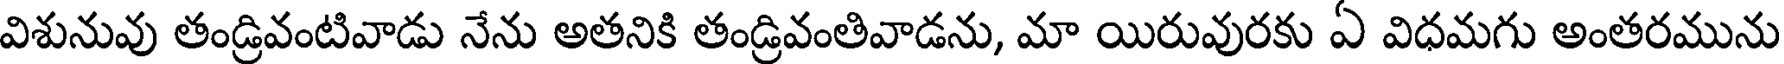
విశునువు తండ్రివంటివాడు నేను అతనికి తండ్రివంతివాడను, మా యిరువురకు ఏ విధమగు అంతరమును